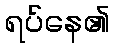
ရပ်နေ၏